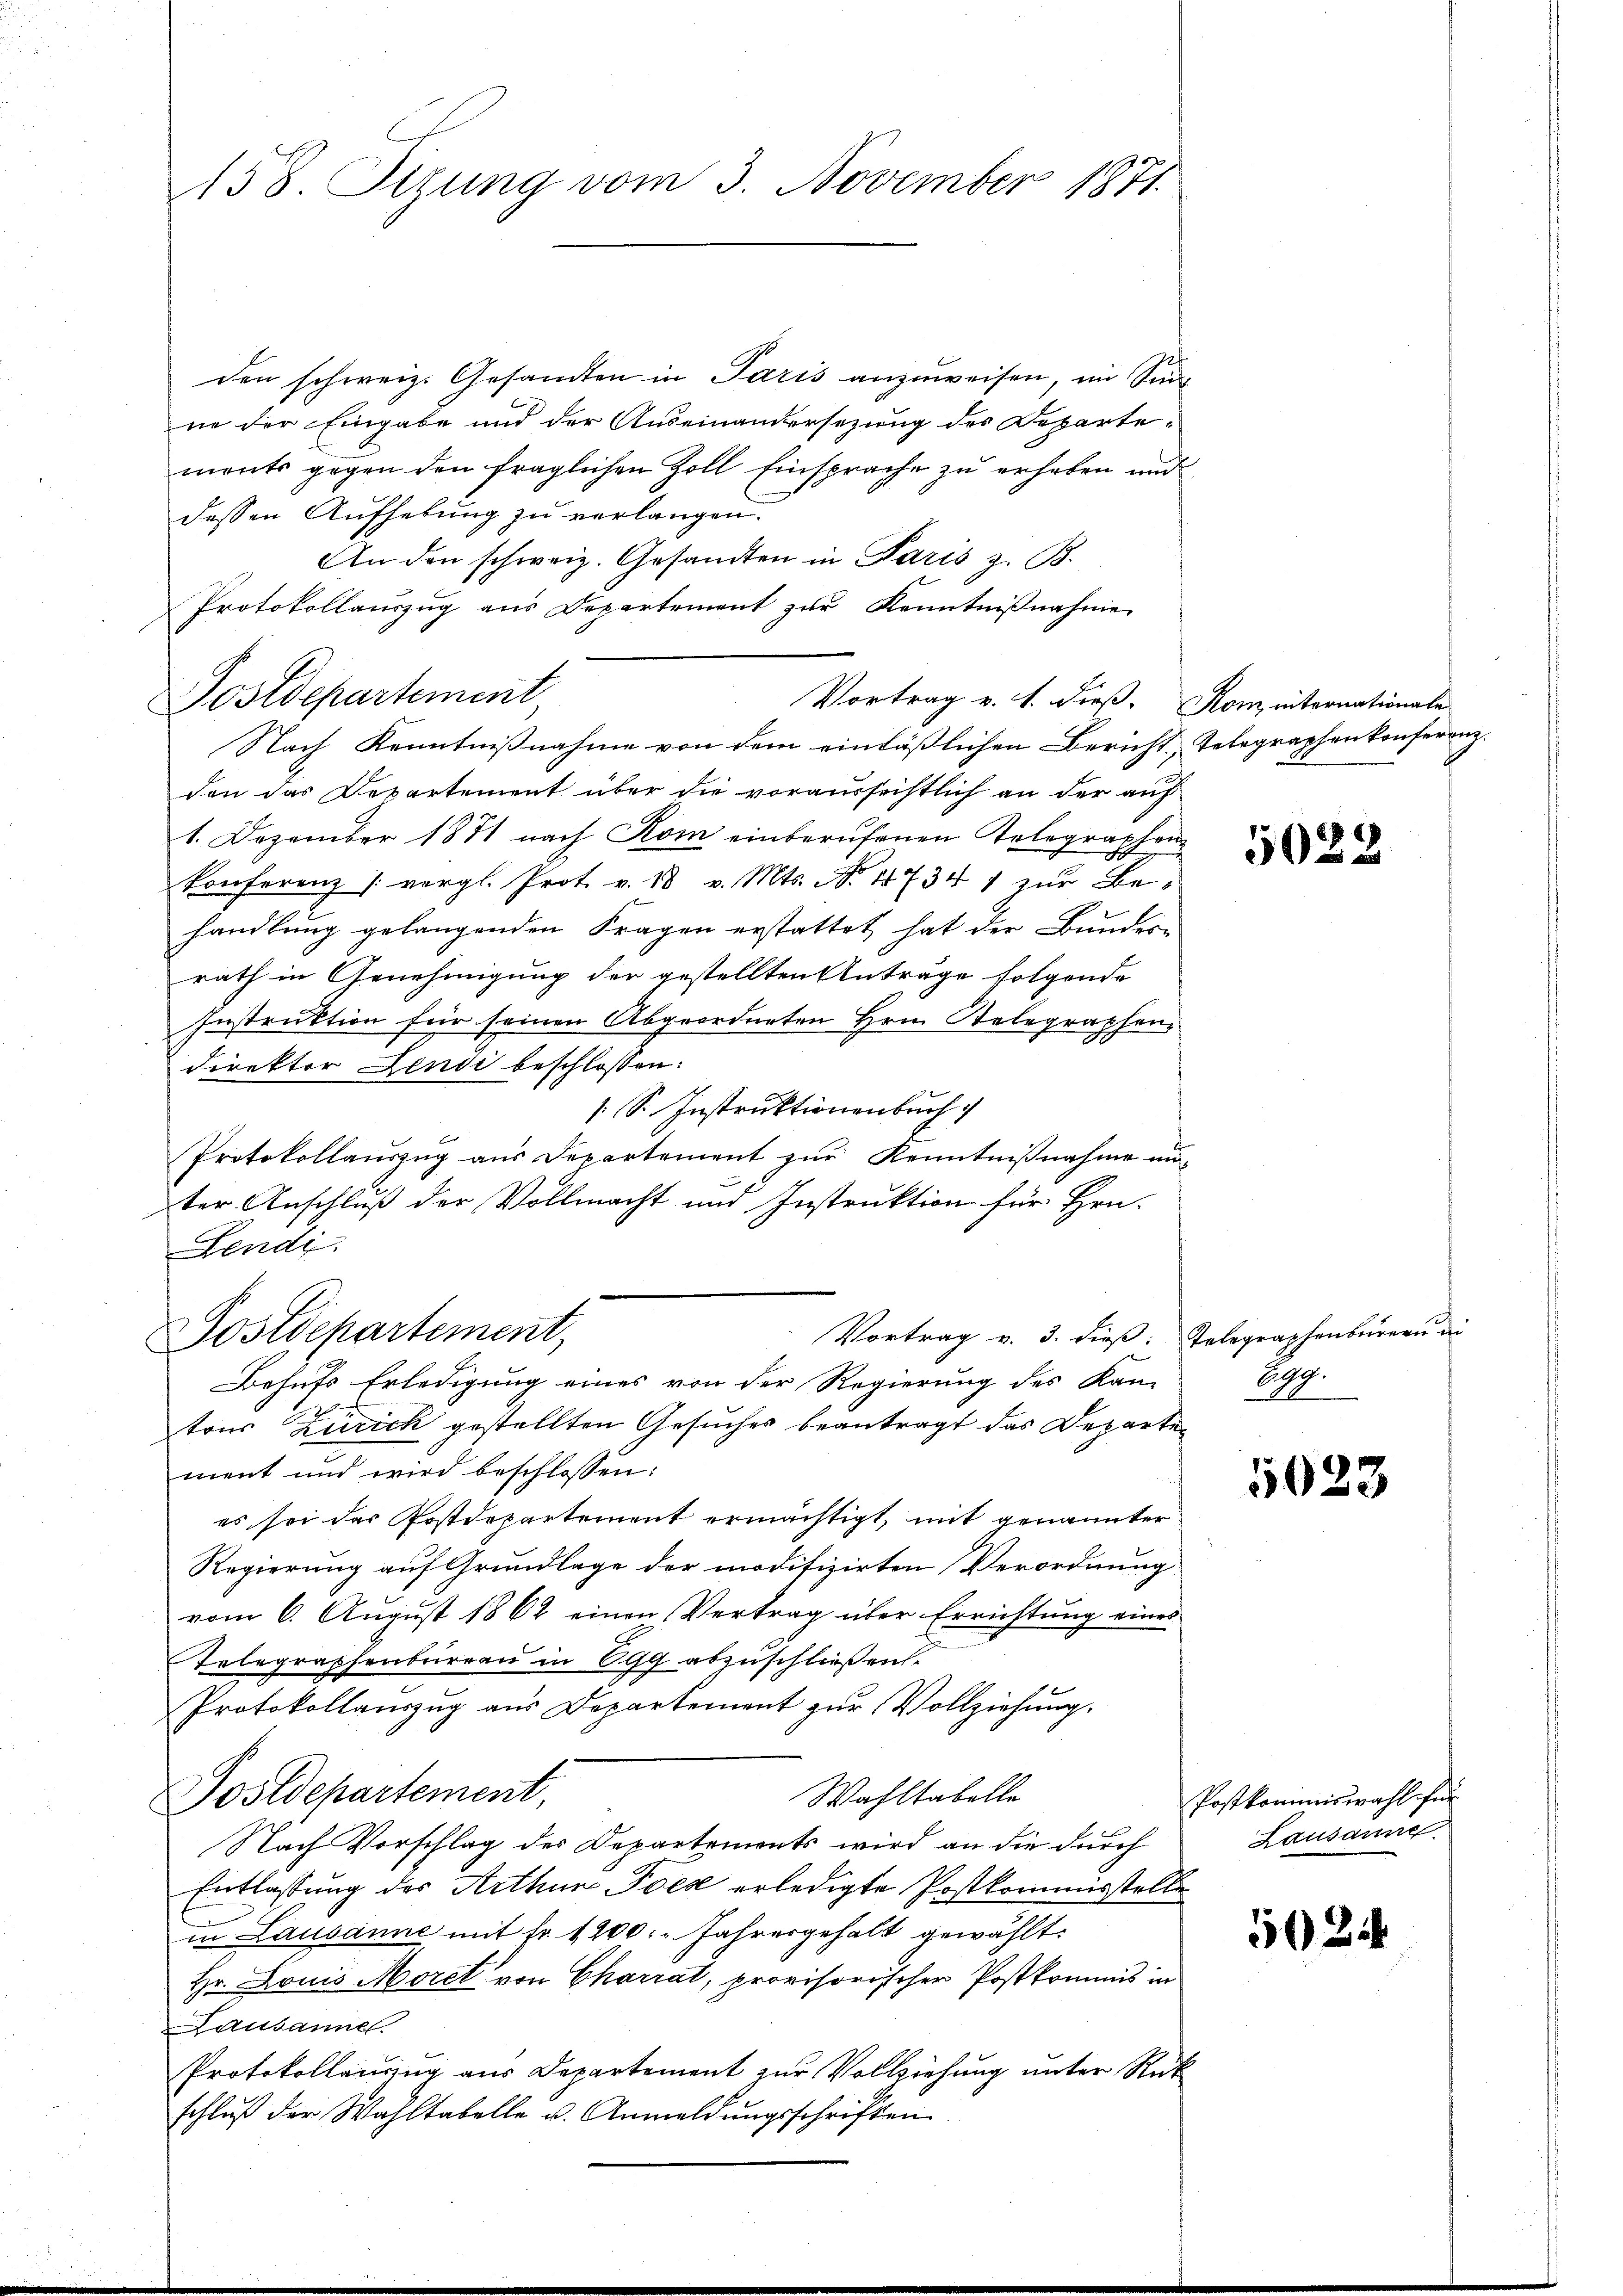
158. Sizung vom 3. November 1871.

den schweiz. Gesandten in Paris anzuweisen, im Sinne der Eingabe und der Auseinandersezung des Departe-
ments gegen den fraglichen Zoll Einsprache zu erheben und
dessen Aufhebung zu verlangen.
An den schweiz. Gesandten in Paris z. B.
Protokollauszug aus Departement zur Kenntnißnahme
Nach Kenntnißnahme von dem einläßlichen Bericht Telegraphen konferenz.
den das Departement über die voraussichtlich an der auf
1. Dezember 1871 nach Rom einberufenen Telegraphen
Konferenz /: vergl. Prot. v. 18 v. Mts. No. 1734 1 zur Be-
handlung gelangenden Fragen erstattet hat der Bundere
rath in Genehmigung der gestellten Anträge folgende
Instruktion für seinen Abgeordneten Hrn. Selegraphen-
direktor Jendi beschlossen:
[ S. Instruktionenbuch
Protokollauszug aus Departement zŭr Kenntnißnahme un-
ter Anschluß der Vollmacht und Instruktion für Hrn.
Fendi
Vortrag v. 3. dieß: Telegraphenburern in
Postdepartement,
Behufs Erledigung eines von der Regierung des Kan-
2
tons Zürich gestellten Gesuches beantragt das Departen
ment und wird beschlossen:
es sei das Postdepartement ermächtigt, mit genannter
Regierung auf Grundlage der modifizirten Verordnung
vom 6. August 1862 einen Vertrag über Errichtung eines
Telegraphenburgau in 699 abzuschließen.
Protokollauszug aus Departement zur Vollziehung.
Postdepartement,
Wahltabelle
Nach Vorschlag der Departements wird an die durch
Entlassung des Arthur Pock erledigte Postkommisstelle
in Lausanne mit fr. 1200. Jahresgehalt gewählt:
Hr. Louis Morel von Charrat, provisorischer Postkommis in
Lausanne
Protokollenzzug aus Departement zur Vollziehung unter Rück
schlŭβ der Wahltabelle u. Anmeldŭngsschriften

Postdepartement

Vortrag v. 1. dieß. Rom internationale

5022

Lp.

5028

Postkommiswahl für
Lausanne

5024